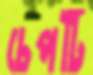
চেপটি